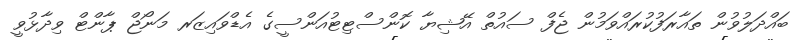
ބައްދަލުވުން ތައާރަފުކުރައްވަމުން ޖެފް ސައުތް އޭޝިޔާ ކޮންސްޓިޓުއަންސީގެ އެޑްވައިޒަރ މަނޯޖް ޕާންޓް ވިދާޅުވީ